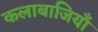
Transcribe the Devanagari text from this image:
कलाबाजियाँ